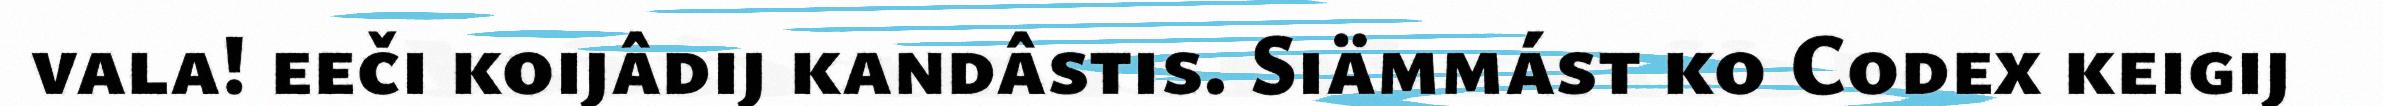
vala! eeči koijâdij kandâstis. Siämmást ko Codex keigij